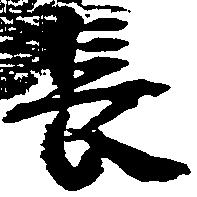
長